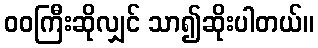
ဝဝကြီးဆိုလျှင် သာ၍ဆိုးပါတယ်။